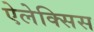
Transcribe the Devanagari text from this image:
ऐलेक्‍सिस